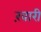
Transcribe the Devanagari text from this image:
ख़ारी